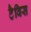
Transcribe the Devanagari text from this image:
टैविस